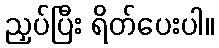
ညှပ်ပြီး ရိတ်ပေးပါ။